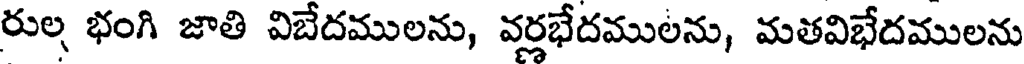
రుల భంగి జాతి విబేదములను, వర్లభేదములను, మతవిభేదములను